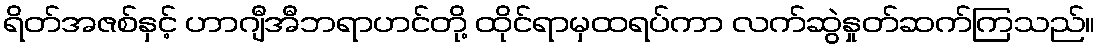
ရိတ်အဇစ်နှင့် ဟာဂျီအီဘရာဟင်တို့ ထိုင်ရာမှထရပ်ကာ လက်ဆွဲနှုတ်ဆက်ကြသည်။